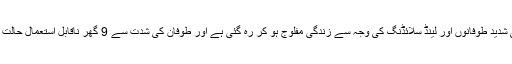
بولیویا میں بھی شدید طوفانوں اور لینڈ سلائڈنگ کی وجہ سے زندگی مفلوج ہو کر رہ گئی ہے اور طوفان کی شدت سے 9 گھر ناقابل استعمال حالت میں آ گئے ہیں۔